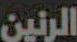
الرنين